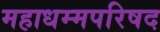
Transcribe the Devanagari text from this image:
महाधम्मपरिषद